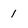
Character: 1